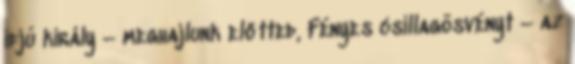
ifjú király – meghajlunk előtted, Fényes csillagösvényt – az